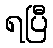
ရပြီ